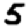
Digit: 5